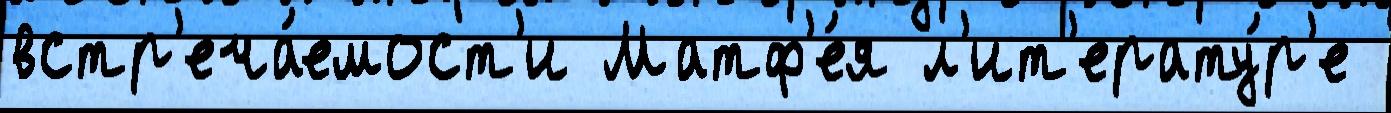
встр'еча́емост'и Матф'е́я л'ит'ерату́р'е